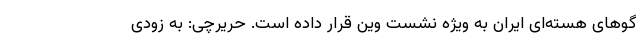
‌گو‌های هسته‌ای ایران به ویژه نشست وین قرار داده است. حریرچی: به زودی